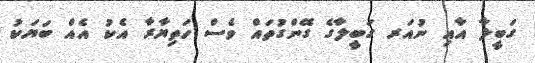
ގަބީލާ އާއި ނުއަރ ގަބީލާގެ ގޭންގުތައް ވެސް ހަތިޔާރާ އެކު އެއް ބަޔަކު